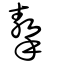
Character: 摮